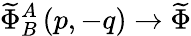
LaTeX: \widetilde{\Phi}_{B}^{A}\left(p,-q\right)\rightarrow\widetilde{\Phi}